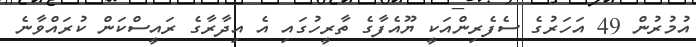
އުމުރުން 49 އަހަރުގެ ސެފެރިންއަކީ ޔޫއެފާގެ ތާރީހުގައި އެ އިދާރާގެ ރައީސްކަން ކުރައްވާނެ